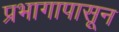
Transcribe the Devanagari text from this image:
प्रभागापासून